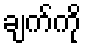
ချက်ကို